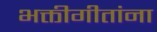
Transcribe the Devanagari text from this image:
भक्तीगीतांना